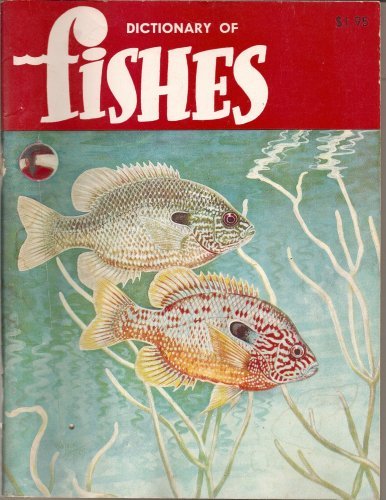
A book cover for A Dictionary of Fishes; Rube Allyn; Sports & Outdoors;